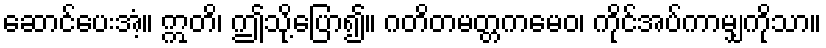
ဆောင်ပေးအံ့။ ဣတိ၊ ဤသို့ပြော၍။ ဂတိတမတ္တကမေဝ၊ ကိုင်အပ်ကာမျှကိုသာ။